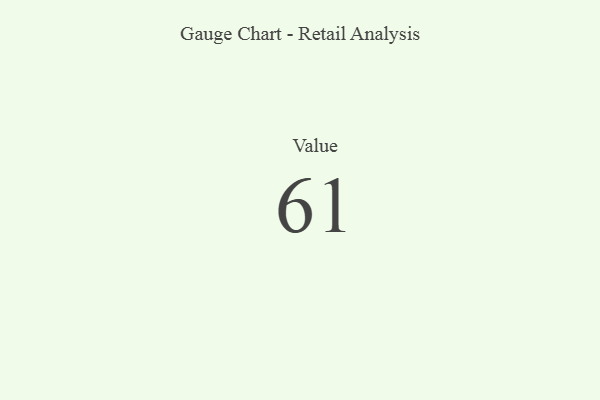
{"axis": {"x": "Metric", "y": "Value"}, "legend": [""], "data": [{"x": "Value", "y": 61, "type": ""}]}